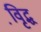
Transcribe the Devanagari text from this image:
वृि़द्ध